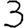
Digit: 3